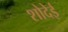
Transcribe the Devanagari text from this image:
शोदेई